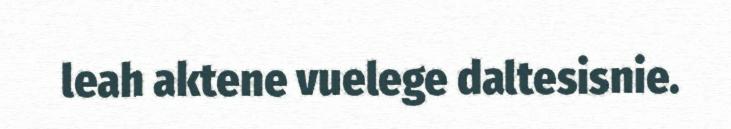
leah aktene vuelege daltesisnie.